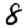
Digit: 8